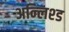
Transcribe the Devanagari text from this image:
अन्लिश्ड